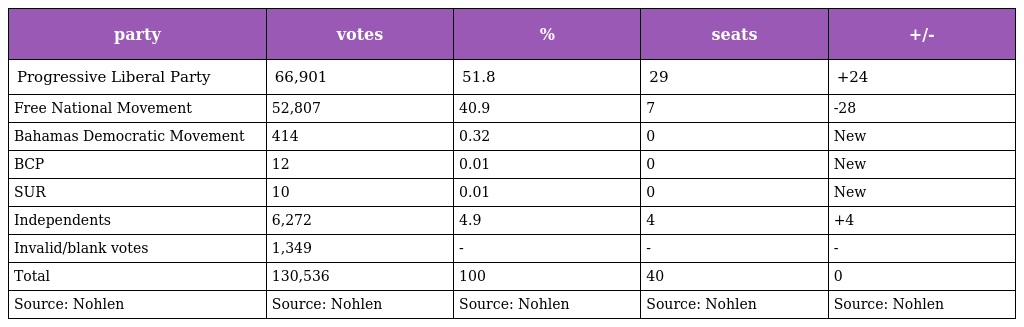
| party | votes | % | seats | +/- |
 | --- | --- | --- | --- | --- |
 | Progressive Liberal Party | 66,901 | 51.8 | 29 | +24 |
 | Free National Movement | 52,807 | 40.9 | 7 | -28 |
 | Bahamas Democratic Movement | 414 | 0.32 | 0 | New |
 | BCP | 12 | 0.01 | 0 | New |
 | SUR | 10 | 0.01 | 0 | New |
 | Independents | 6,272 | 4.9 | 4 | +4 |
 | Invalid/blank votes | 1,349 | - | - | - |
 | Total | 130,536 | 100 | 40 | 0 |
 | Source: Nohlen | Source: Nohlen | Source: Nohlen | Source: Nohlen | Source: Nohlen |